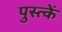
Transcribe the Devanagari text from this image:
पुस्त्कें